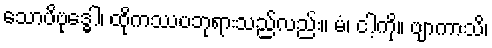
သောပိဗုဒ္ဓေါ၊ ထိုကဿပဘုရားသည်လည်း။ မံ၊ ငါ့ကို။ ဗျာကာသိ၊